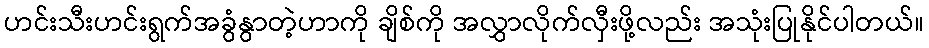
ဟင်းသီးဟင်းရွက်အခွံနွာတဲ့ဟာကို ချိစ်ကို အလွှာလိုက်လှီးဖို့လည်း အသုံးပြုနိုင်ပါတယ်။